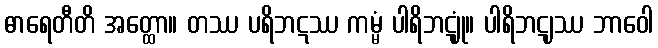
ဓာရေတီတိ အတ္ထော။ တဿ ပရိဘဋဿ ကမ္မံ ပါရိဘဋျုံ။ ပါရိဘဋျဿ ဘာဝေါ